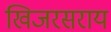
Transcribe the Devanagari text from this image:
खिजरसराय